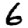
Digit: 6